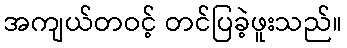
အကျယ်တဝင့် တင်ပြခဲ့ဖူးသည်။